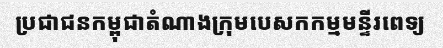
ប្រជាជនកម្ពុជាតំណាងក្រុមបេសកកម្មមន្ទីរពេទ្យ